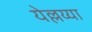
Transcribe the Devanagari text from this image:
येल्लय्या